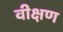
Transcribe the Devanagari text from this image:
वीक्षण